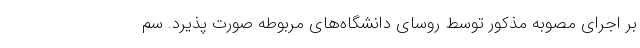
بر اجرای مصوبه مذکور توسط روسای دانشگاه‌های مربوطه صورت پذیرد. سم